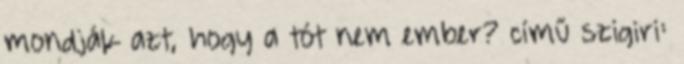
mondják azt, hogy a tót nem ember? című szigiri: